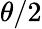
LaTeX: \theta/2